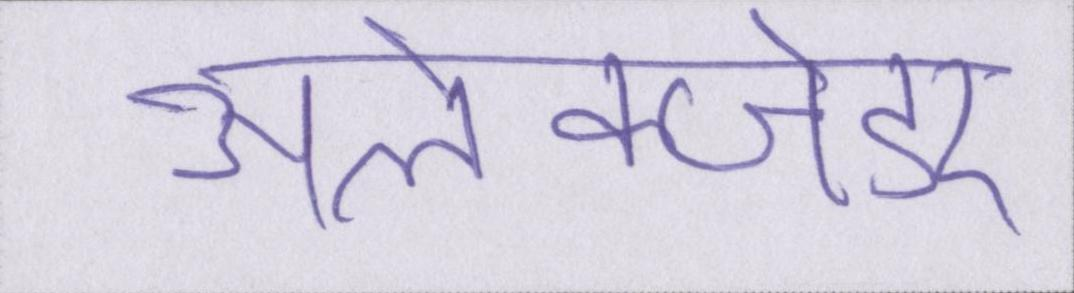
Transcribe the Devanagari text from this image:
अलेक्जेंडर